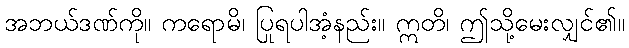
အဘယ်ဒဏ်ကို။ ကရောမိ၊ ပြုရပါအံ့နည်း။ ဣတိ၊ ဤသို့မေးလျှင်၏။